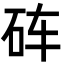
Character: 砗